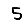
Digit: 5